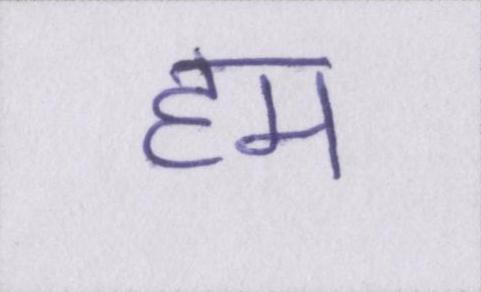
हम